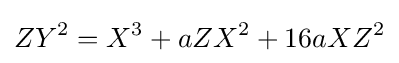
ZY^{2}=X^{3}+aZX^{2}+16aXZ^{2}